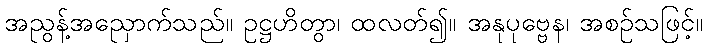
အညွန့်အညှောက်သည်။ ဥဋ္ဌဟိတွာ၊ ထလတ်၍။ အနုပုဗ္ဗေန၊ အစဉ်သဖြင့်။